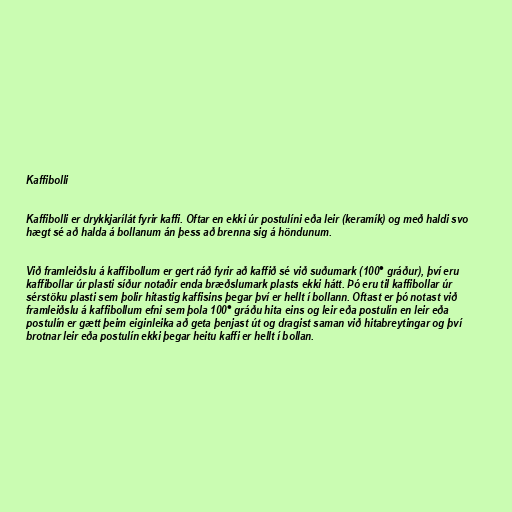
Kaffibolli

Kaffibolli er drykkjarílát fyrir kaffi. Oftar en ekki úr postulíni eða leir (keramík) og með haldi svo
hægt sé að halda á bollanum án þess að brenna sig á höndunum.

Við framleiðslu á kaffibollum er gert ráð fyrir að kaffið sé við suðumark (100° gráður), því eru
kaffibollar úr plasti síður notaðir enda bræðslumark plasts ekki hátt. Þó eru til kaffibollar úr
sérstöku plasti sem þolir hitastig kaffisins þegar því er hellt í bollann. Oftast er þó notast við
framleiðslu á kaffibollum efni sem þola 100° gráðu hita eins og leir eða postulín en leir eða
postulín er gætt þeim eiginleika að geta þenjast út og dragist saman við hitabreytingar og því
brotnar leir eða postulín ekki þegar heitu kaffi er hellt í bollan.